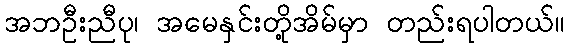
အဘဦးညီပု၊ အမေနှင်းတို့အိမ်မှာ တည်းရပါတယ်။